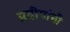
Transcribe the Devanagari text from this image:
प्रदीपांनी